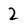
Character: 2